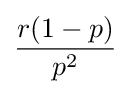
{\frac {r(1-p)}{p^{2}}}